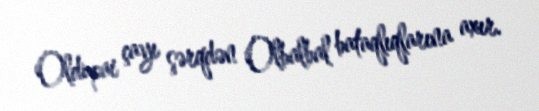
Oldupai çayı şərqdən Olbalbal bataqlıqlarına axır.